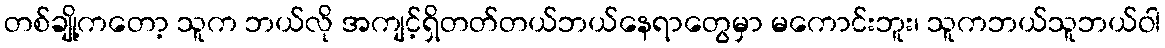
တစ်ချို့ကတော့ သူက ဘယ်လို အကျင့်ရှိတတ်တယ်ဘယ်နေရာတွေမှာ မကောင်းဘူး၊ သူကဘယ်သူဘယ်ဝါ